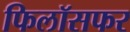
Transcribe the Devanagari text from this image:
फिलॉसफर